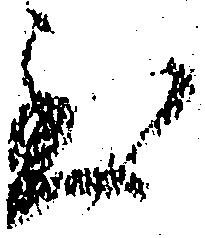
至